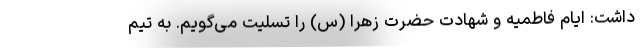
داشت: ایام فاطمیه و شهادت حضرت زهرا (س) را تسلیت می‌گویم. به تیم